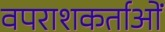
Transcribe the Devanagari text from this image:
वपराशकर्ताओं